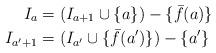
LaTeX: \begin{align*} I_a &= (I_{a+1} \cup \{a\}) - \{\bar{f}(a)\}\\I_{a'+1} & = (I_{a'} \cup \{\bar{f}(a')\}) - \{a'\}\end{align*}